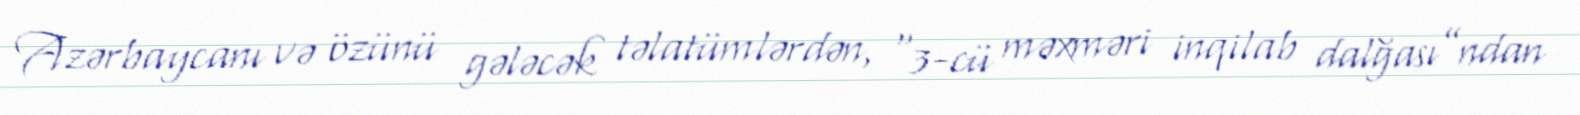
Azərbaycanı və özünü gələcək təlatümlərdən, “3-cü məxməri inqilab dalğası”ndan